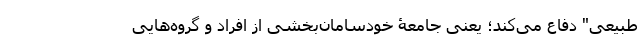
طبیعی" دفاع می‌کند؛ یعنی جامعۀ خودسامان‌بخشی از افراد و گروه‌هایی